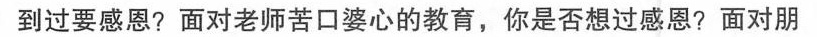
到过要感恩?面对老师苦口婆心的教育，你是否想过感恩?面对朋